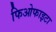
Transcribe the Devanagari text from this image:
फिओफाइटा